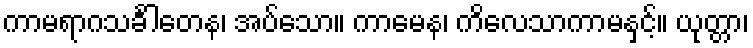
ကာမရာဂသင်္ခါတေန၊ အပ်သော။ ကာမေန၊ ကိလေသာကာမနှင့်။ ယုတ္တာ၊